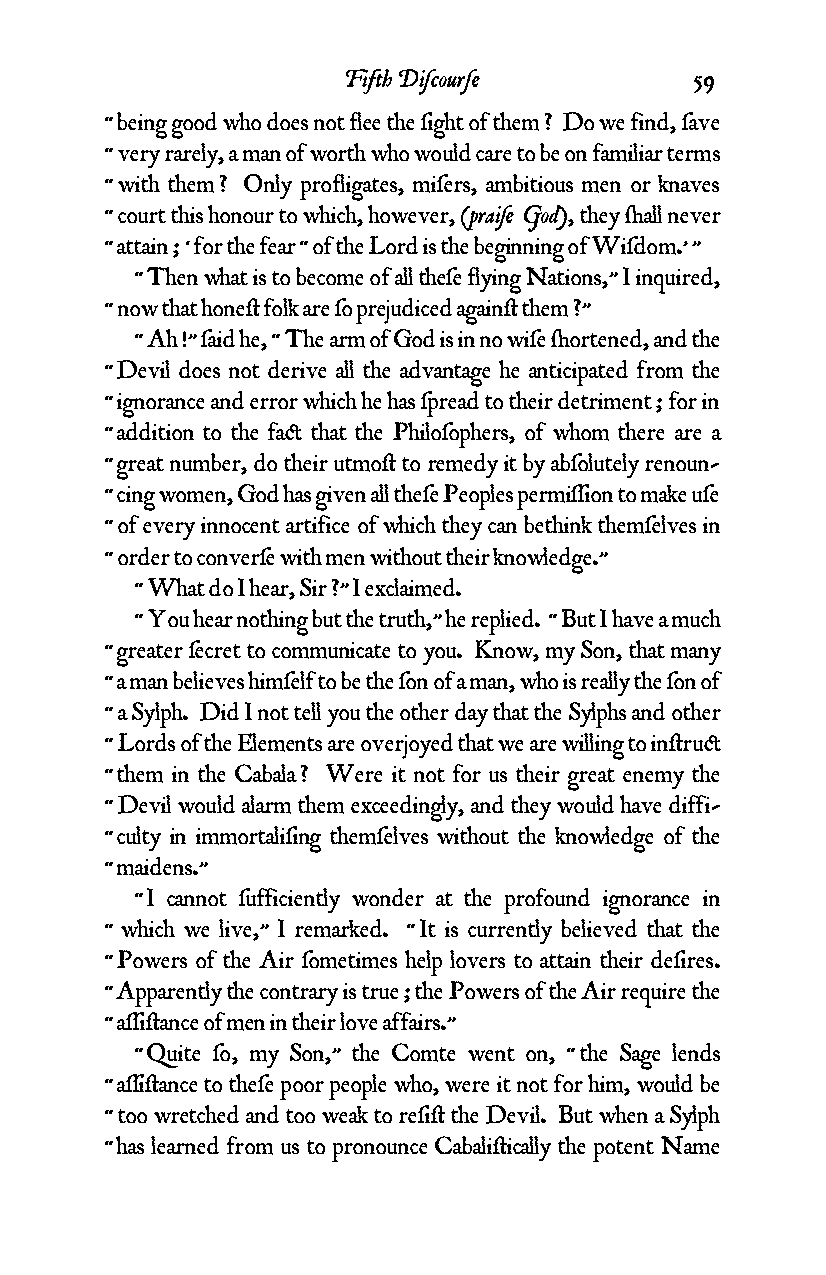
Fifth Diƒcourƒe        59
 “ being good who does not flee the ƒight of them ? Do we find, ƒave
 “ very rarely, a man of worth who would care to be on familiar terms
 “ with them ? Only profligates, miƒers, ambitious men or knaves
 “ court this honour to which, however, (praiƒe God), they ¬all never
 “ attain ; ‘ for the fear “ of the Lord is the beginning of Wiƒdom.’ ”
 “ Then what is to become of all theƒe flying Nations,” I inquired,
 “ now that hone¥ folk are ƒo prejudiced again¥ them ?”
 “ Ah !” ƒaid he, “ The arm of God is in no wiƒe ¬ortened, and the
 “ Devil does not derive all the advantage he anticipated from the
 “ ignorance and error which he has ƒpread to their detriment ; for in
 “ addition to the fa¢ that the Philoƒophers, of whom there are a
 “ great number, do their utmo¥ to remedy it by abƒolutely renoun-
 “ cing women, God has given all theƒe Peoples permiƒƒion to make uƒe
 “ of every innocent artifice of which they can bethink themƒelves in
 “ order to converƒe with men without their knowledge.”
 “ What do I hear, Sir ?” I exclaimed.
 “ You hear nothing but the truth,” he replied. “ But I have a much
 “ greater ƒecret to communicate to you. Know, my Son, that many
 “ a man believes himƒelf to be the ƒon of a man, who is really the ƒon of
 “ a Sylph. Did I not tell you the other day that the Sylphs and other
 “ Lords of the Elements are overjoyed that we are willing to in¥ru¢
 “ them in the Cabala ? Were it not for us their great enemy the
 “ Devil would alarm them exceedingly, and they would have diffi-
 “ culty in immortaliƒing themƒelves without the knowledge of the
 “ maidens.”
 “ I cannot ƒufficiently wonder at the profound ignorance in
 “ which we live,” I remarked. “ It is currently believed that the
 “ Powers of the Air ƒometimes help lovers to attain their deƒires.
 “ Apparently the contrary is true ; the Powers of the Air require the
 “ aƒƒi¥ance of men in their love affairs.”
 “ Quite ƒo, my Son,” the Comte went on, “ the Sage lends
 “ aƒƒi¥ance to theƒe poor people who, were it not for him, would be
 “ too wretched and too weak to reƒi¥ the Devil. But when a Sylph
 “ has learned from us to pronounce Cabali¥ically the potent Name